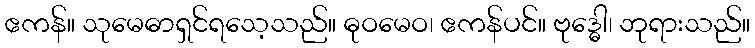
ဧကန်။ သုမေဓာရှင်ရသေ့သည်။ ဓုဝမေဝ၊ ဧကန်ပင်။ ဗုဒ္ဓေါ၊ ဘုရားသည်။